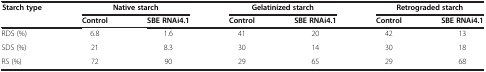
| <ROWSPAN=2> Starch type | <COLSPAN=2> Native starch | <COLSPAN=2> Gelatinized starch | <COLSPAN=2> Retrograded starch |
 | Control | SBE RNAi4.1 | Control | SBE RNAi4.1 | Control | SBE RNAi4.1 |
 | --- | --- | --- | --- | --- | --- | --- |
 | RDS (%) | 6.8 | 1.6 | 41 | 20 | 42 | 13 |
 | SDS (%) | 21 | 8.3 | 30 | 14 | 30 | 18 |
 | RS (%) | 72 | 90 | 29 | 65 | 29 | 68 |